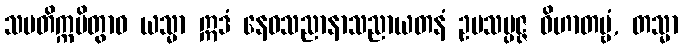
သမတိက္ကမိတွာဝ ယသ္မာ ဣဒံ နေဝသညာနာသညာယတနံ ဥပသမ္ပဇ္ဇ ဝိဟာတဗ္ဗံ, တသ္မာ